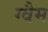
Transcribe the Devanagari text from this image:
ग्वैम